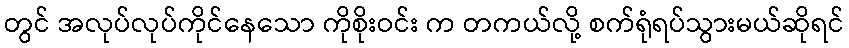
တွင် အလုပ်လုပ်ကိုင်နေသော ကိုစိုးဝင်း က တကယ်လို့ စက်ရုံရပ်သွားမယ်ဆိုရင်